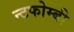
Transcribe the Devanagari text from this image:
न्टफोम्बी